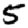
Digit: 5